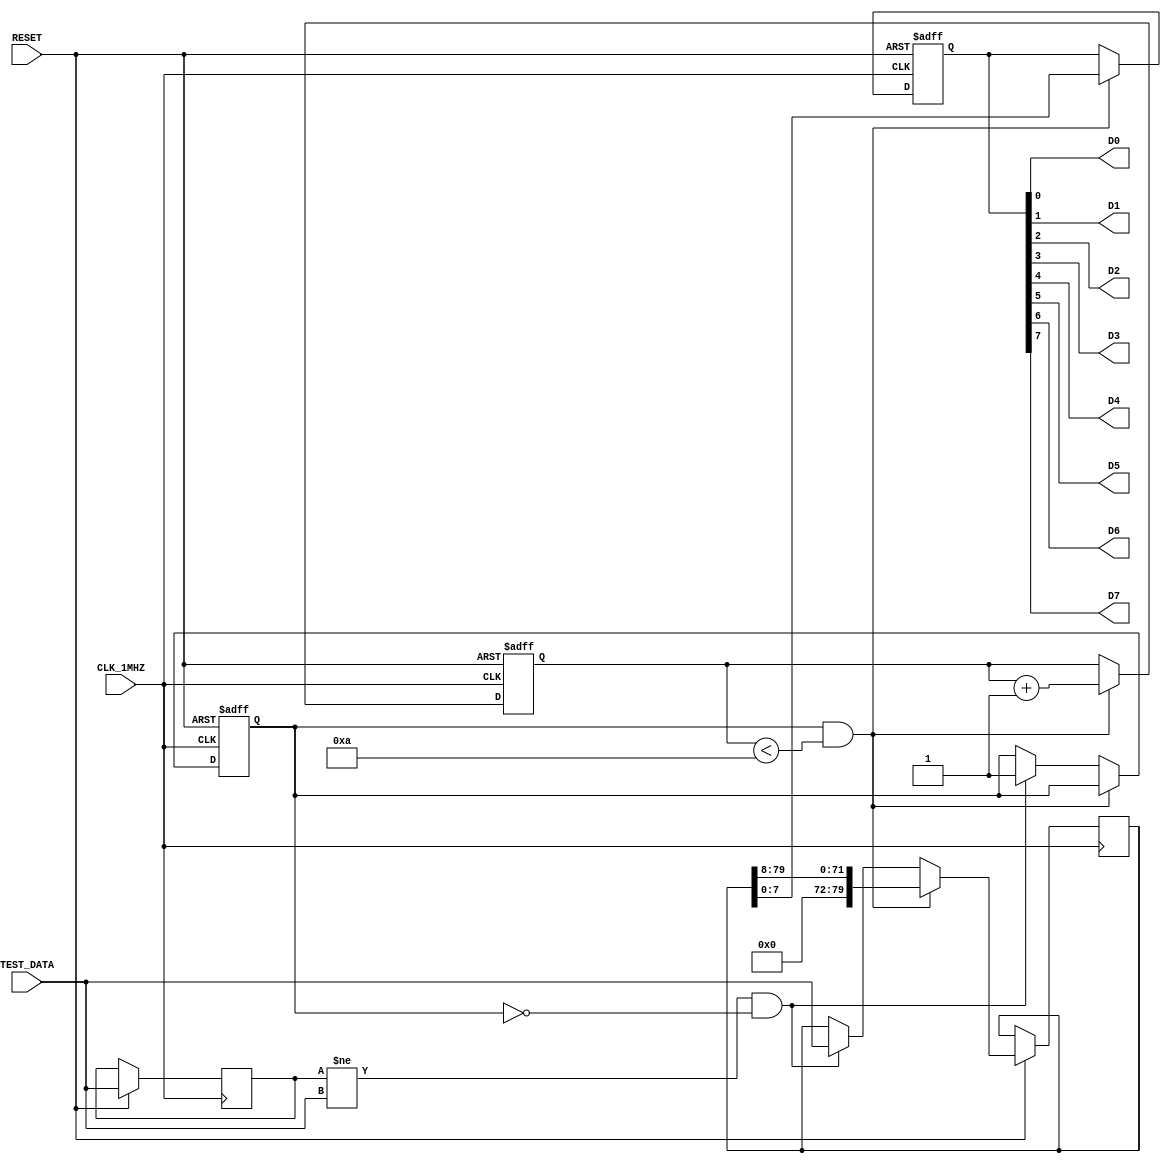
///////////////////////////////////////////////////////////////////////////////////////////////////
// Company: <ELSA>
//
// Description: Test harness used to tap into data stream and output to 8 channels for collection by logic analyzer 
//Output data at TBD Hz. Must be within logic analyzer specs and reqs. Output data in 8 bit chunks for TBD sec.
//
//
// Targeted device: <Family::ProASIC3L> <Die::A3PE3000L> <Package::484 FBGA>
//
/////////////////////////////////////////////////////////////////////////////////////////////////// 

//`timescale <time_units> / <precision>

module test_harness_geiger_stack( CLK_1MHZ,RESET, TEST_DATA,D0,D1,D2,D3,D4,D5,D6,D7);
input CLK_1MHZ,RESET;
input [79:0] TEST_DATA;

output D0,D1,D2,D3,D4,D5,D6,D7;

// Output types
wire D0,D1,D2,D3,D4,D5,D6,D7;

reg [7:0] data_chunk;
reg set;
reg [79:0] data_buffer;
reg [79:0] data_prev;
reg [2:0] counter;

assign D0 = data_chunk[0];
assign D1 = data_chunk[1];
assign D2 = data_chunk[2];
assign D3 = data_chunk[3];
assign D4 = data_chunk[4];
assign D5 = data_chunk[5];
assign D6 = data_chunk[6];
assign D7 = data_chunk[7];


always @ (posedge CLK_1MHZ or negedge RESET) 
begin

if (RESET==1'b0) begin
    counter=0;
    set=0;
    data_chunk=0;
end else begin
    if ((set==1 ) && (counter<10)) begin
        data_chunk=data_buffer[7:0];
        data_buffer=data_buffer>>8;
        counter=counter+1;
    end else if ((data_prev != TEST_DATA) && (set==0)) begin
        data_buffer=TEST_DATA;
        set=1;
    end
    if (counter==10) begin
        counter=0;
        set=0;
    end
    data_prev=TEST_DATA;
end

end
endmodule